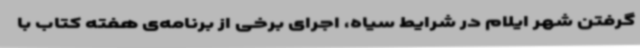
گرفتن شهر ایلام در شرایط سیاه، اجرای برخی از برنامه‌ی هفته کتاب با